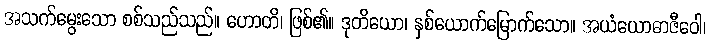
အသက်မွေးသော စစ်သည်သည်။ ဟောတိ၊ ဖြစ်၏။ ဒုတိယော၊ နှစ်ယောက်မြောက်သော။ အယံယောဓာဇီဝေါ၊